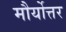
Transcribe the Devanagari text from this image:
मौर्योत्तर